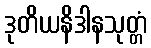
ဒုတိယနိဒါနသုတ္တံ